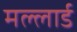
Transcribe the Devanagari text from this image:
मल्लार्ड